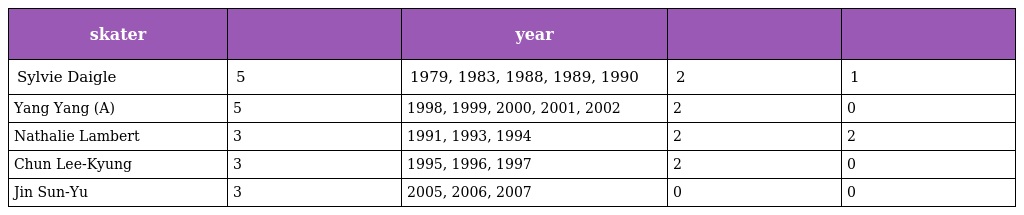
| skater |  | year |  |  |
 | --- | --- | --- | --- | --- |
 | Sylvie Daigle | 5 | 1979, 1983, 1988, 1989, 1990 | 2 | 1 |
 | Yang Yang (A) | 5 | 1998, 1999, 2000, 2001, 2002 | 2 | 0 |
 | Nathalie Lambert | 3 | 1991, 1993, 1994 | 2 | 2 |
 | Chun Lee-Kyung | 3 | 1995, 1996, 1997 | 2 | 0 |
 | Jin Sun-Yu | 3 | 2005, 2006, 2007 | 0 | 0 |